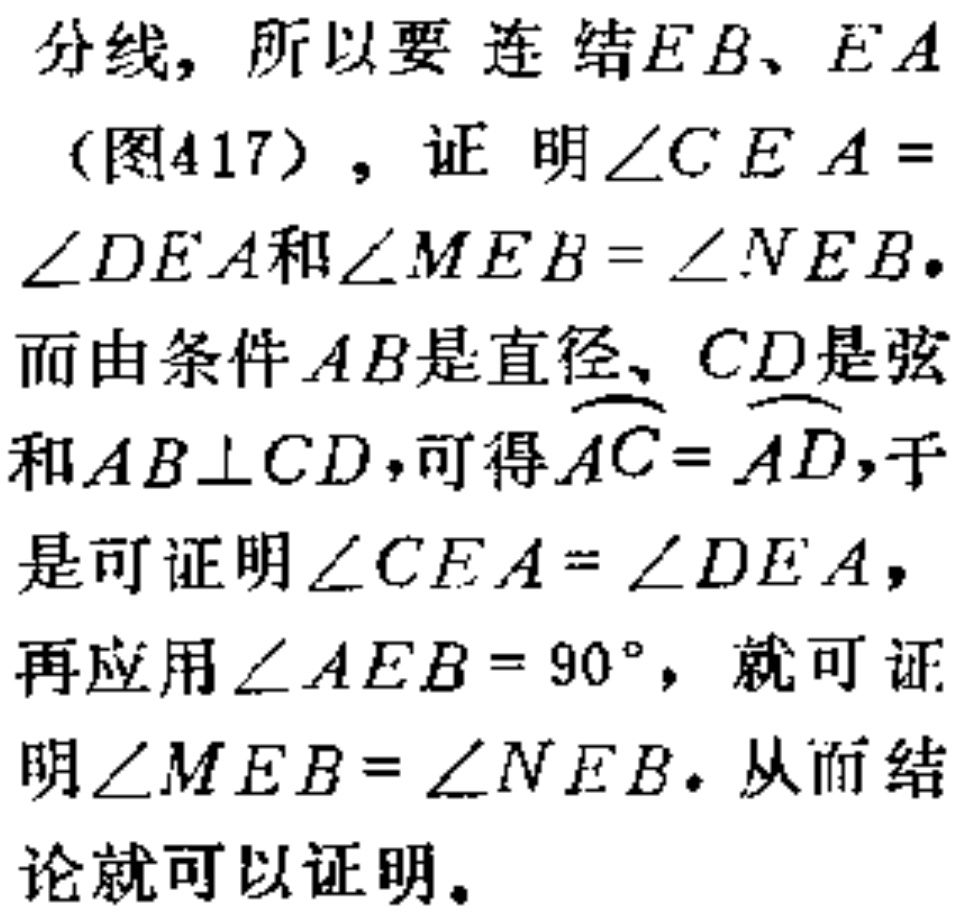
分线，所以要 连 结\(EB\)、\(EA\)
（图417），证 明\(\angle CEA = \angle DEA\)和\(\angle MEB = \angle NEB\). 而由条件\(AB\)是直径、\(CD\)是弦和\(AB\perp CD\)，可得\(\overset{\frown}{AC}=\overset{\frown}{AD}\)，于是可证明\(\angle CEA = \angle DEA\)，再应用\(\angle AEB = 90^{\circ}\)，就可证明\(\angle MEB = \angle NEB\). 从而结论就可以证明。